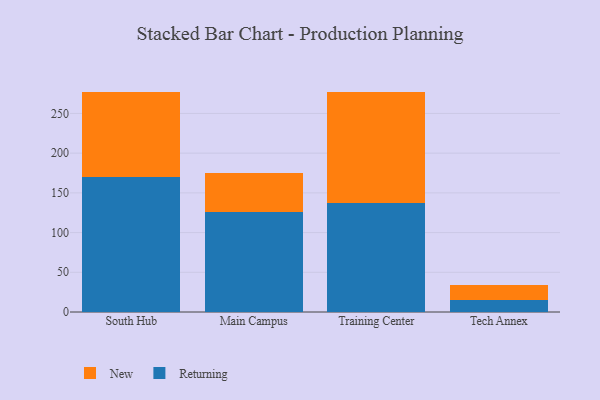
{"axis": {"x": "Campus", "y": "Satisfaction Score"}, "legend": ["New", "Returning"], "data": [{"x": "South Hub", "y": 170.4, "type": "Returning"}, {"x": "South Hub", "y": 106.4, "type": "New"}, {"x": "Main Campus", "y": 126.5, "type": "Returning"}, {"x": "Main Campus", "y": 48.9, "type": "New"}, {"x": "Training Center", "y": 137.4, "type": "Returning"}, {"x": "Training Center", "y": 140.1, "type": "New"}, {"x": "Tech Annex", "y": 14.9, "type": "Returning"}, {"x": "Tech Annex", "y": 18.7, "type": "New"}]}